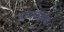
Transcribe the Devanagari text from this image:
चमात्कारिक